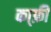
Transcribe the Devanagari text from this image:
का्फ़ी